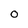
Character: o